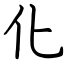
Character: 化